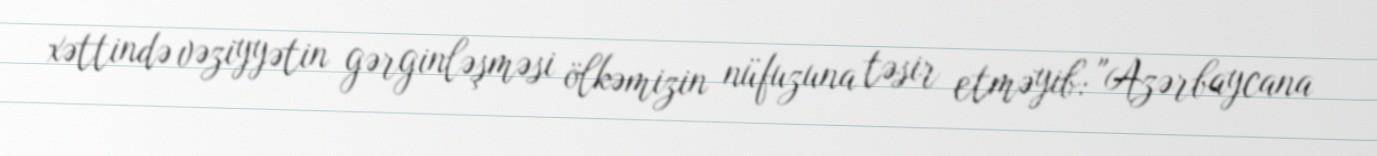
xəttində vəziyyətin gərginləşməsi ölkəmizin nüfuzuna təsir etməyib: "Azərbaycana